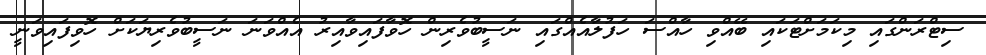
ސިޓްރަންގައި މިކަމަށްޓަކައި ބޭއްވި ހާއްސަ ހަފުލާއެއްގައި ނަސީބުވެރިން ހޮވާފައިވާއިރު އެއްވަނަ ނަސީބުވެރިޔަކަށް ހޮވިފައިވަނީ